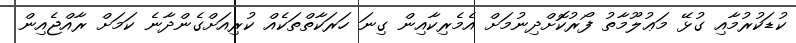
ކުޑަކުރުމާއި ގުޅޭ މަޢުލޫމާތު ފޯރުކޮށްދިނުމަށް އެމެރިކާއިން ގިނަ ހަރަކާތްތަކެއް ކުރިއަށްގެންދާނެ ކަމަށް ރާއްޖެއިން